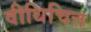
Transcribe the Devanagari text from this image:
वीथिचित्त